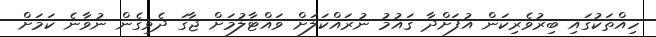
ހިއްތަކުގައި ބިރުވެރިކަން އުފަށްދާ ޤައުމު ނުރައްކަލަށް ވައްޓާލުމަށް ޖާގަ ދެވިގެން ނުވާނެ ކަމަށް